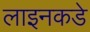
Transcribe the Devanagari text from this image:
लाइनकडे